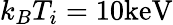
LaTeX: k_{B}T_{i}=10\mathrm{keV}